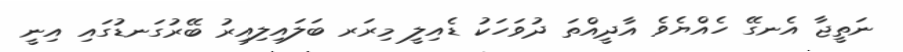
ނަތީޖާ އެނގޭ ހެއްޔެވެ އާދީއްތަ ދުވަހަކު ޑެއިލީ މިރަރ ބަލައިލިއިރު ބޭރުގަނޑުގައި އިނީ